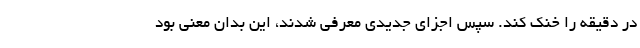
در دقیقه را خنک کند. سپس اجزای جدیدی معرفی شدند، این بدان معنی بود